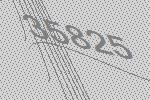
35825